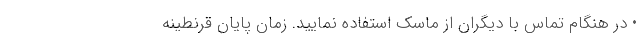
• در هنگام تماس با دیگران از ماسک استفاده نمایید. زمان پایان قرنطینه